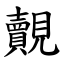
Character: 覿